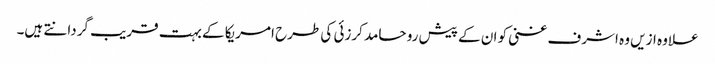
علاوہ ازیں وہ اشرف غنی کو ان کے پیش رو حامد کرزئی کی طرح امریکا کے بہت قریب گردانتے ہیں۔